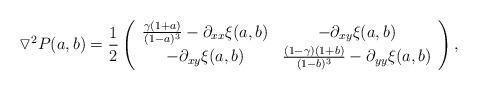
LaTeX: \begin{align*}\triangledown^2P(a,b)&=\frac{1}{2}\left(\begin{array}{cc}\frac{\gamma(1+a)}{(1-a)^3}-\partial_{xx}\xi(a,b)&-\partial_{xy}\xi(a,b)\\-\partial_{xy}\xi(a,b)&\frac{(1-\gamma)(1+b)}{(1-b)^3}-\partial_{yy}\xi(a,b)\end{array}\right),\end{align*}